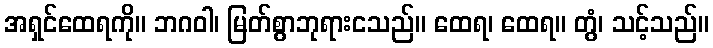
အရှင်ထေရကို။ ဘဂဝါ၊ မြတ်စွာဘုရားငသည်။ ထေရ၊ ထေရ။ တွံ၊ သင့်သည်။